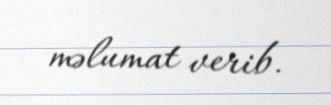
məlumat verib.